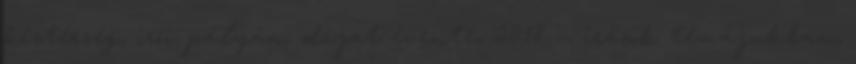
kistérség, írói pályán, díjat évente, 2018 –, írások témájukban,